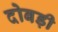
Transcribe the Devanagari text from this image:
दोबड़ी